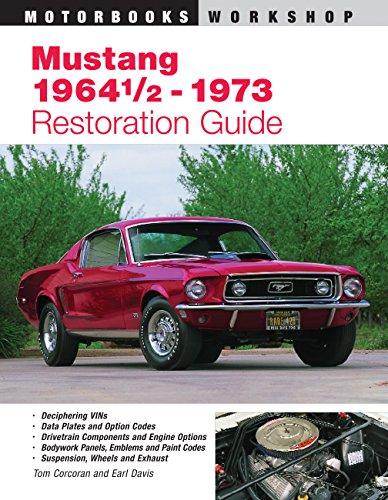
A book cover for Mustang 1964 1/2 - 73 Restoration Guide (Motorbooks Workshop); Tom Corcoran; Engineering & Transportation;